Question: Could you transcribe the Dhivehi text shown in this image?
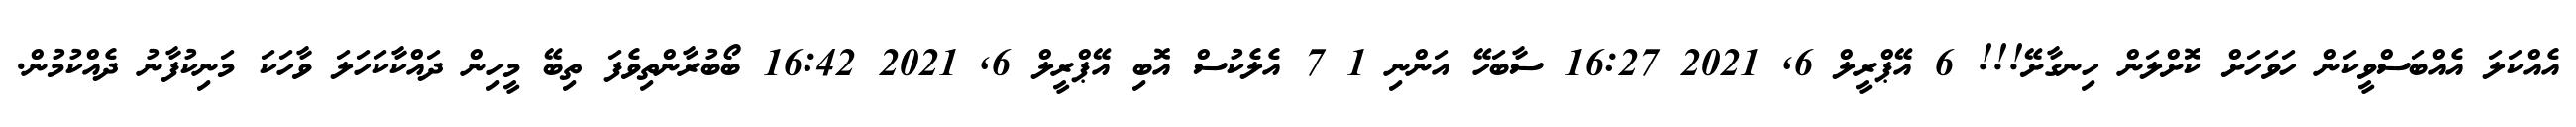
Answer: އެއްކަލަ އެއްބަސްވީކަން ހަވަހަށް ކޮށްލަން ހިނގާށޭ!!! 6 އޭޕްރީލް 6, 2021 16:27 ސާބަހޭ އަންނި 1 7 އެލެކުސް އޮބި އޭޕްރީލް 6, 2021 16:42 ބޯބުރާންތިވެފަ ތިބޭ މީހިން ދައްކާކަހަލަ ވާހަކަ މަނިކުފާނު ދެއްކުމުން.